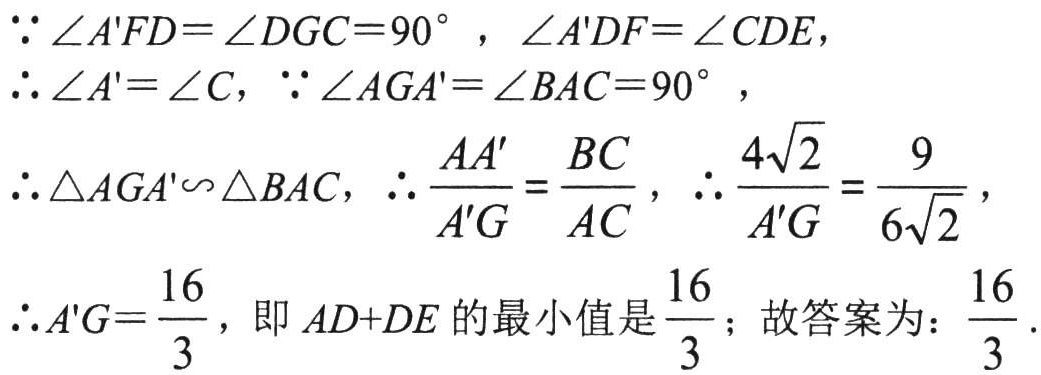
\(\because \angle A'FD = \angle DGC = 90^{\circ}, \angle A'DF = \angle CDE\)，

\(\therefore \angle A' = \angle C, \because \angle AGA' = \angle BAC = 90^{\circ}\)，

\(\therefore \triangle AGA'\backsim \triangle BAC, \therefore \frac{AA'}{A'G} = \frac{BC}{AC}, \therefore \frac{4\sqrt{2}}{A'G} = \frac{9}{6\sqrt{2}}\)，

\(\therefore A'G = \frac{16}{3}\)，即 \(AD + DE\) 的最小值是 \(\frac{16}{3}\)；故答案为：\(\frac{16}{3}\).